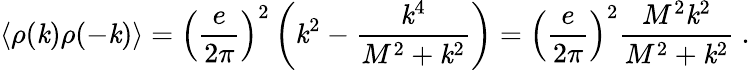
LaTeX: \langle\rho(\mathit{k})\rho(-\mathit{k})\rangle=\left({\frac{{e}}{{2\pi}}}\right)^{2}\left(\mathit{k}^{2}-{\frac{{\mathit{k}^{4}}}{{M^{2}+\mathit{k}^{2}}}}\right)=\left({\frac{{e}}{{2\pi}}}\right)^{2}{\frac{{M^{2}\mathit{k}^{2}}}{{M^{2}+\mathit{k}^{2}}}}\ .